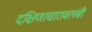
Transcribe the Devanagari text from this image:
दक्षिणाचारावलंबी